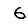
Digit: 6